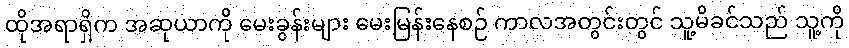
ထိုအရာရှိက အဆုယာကို မေးခွန်းများ မေးမြန်းနေစဉ် ကာလအတွင်းတွင် သူ့မိခင်သည် သူ့ကို